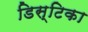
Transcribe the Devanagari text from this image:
डिस्टिका